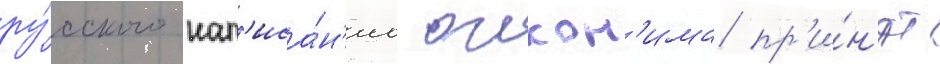
ру́сского нап'иса́н'иа оикон'има пр'и́н'ят